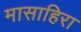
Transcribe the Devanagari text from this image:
मासाहिरा